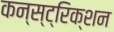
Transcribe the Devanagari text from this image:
कन्स्ट्रिक्शन